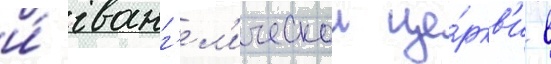
и́ еванг'ел'ическои це́ркв'и в